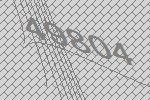
49804